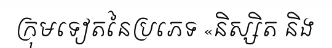
ក្រុមទៀតនៃប្រភេទ «និស្សិត និង